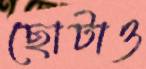
ছোটাও